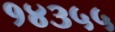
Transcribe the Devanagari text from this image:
१४३५५